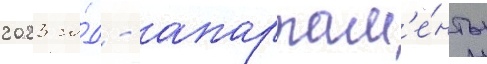
2023 го́д - апартам'е́нты